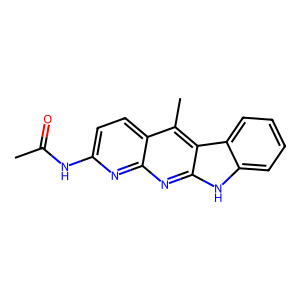
SMILES: CC(=O)Nc1ccc2c(C)c3c(nc2n1)[nH]c1ccccc13
Inhibits HIV replication: No